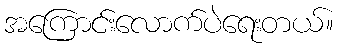
အကြောင်းလောက်ပဲရေးတယ်။